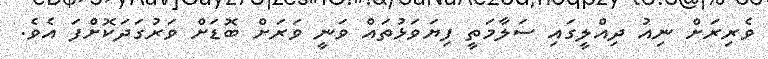
ވެރިރަށް ނިއު ދިއްލީގައި ސަލާމަތީ ފިޔަވަޅުތައް ވަނީ ވަރަށް ބޮޑަށް ވަރުގަދަކޮށްފަ އެވެ.